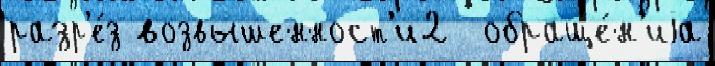
разр'е́з возвышенност'и2  обраще́н'иjа